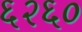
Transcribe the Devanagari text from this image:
६२६०